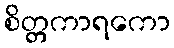
စိတ္တကာရကော